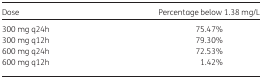
<table><thead><tr><td><b>Dose</b></td><td><b>Percentage below 1.38 mg/L</b></td></tr></thead><tbody><tr><td>300 mg q24h</td><td>75.47%</td></tr><tr><td>300 mg q12h</td><td>79.30%</td></tr><tr><td>600 mg q24h</td><td>72.53%</td></tr><tr><td>600 mg q12h</td><td>1.42%</td></tr></tbody></table>